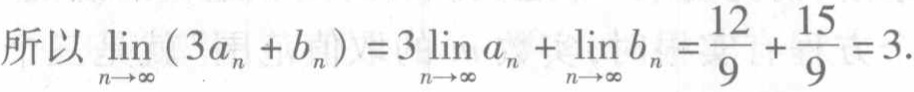
所以 \(\lim_{n \to \infty} (3a_{n} + b_{n}) = 3\lim_{n \to \infty} a_{n} + \lim_{n \to \infty} b_{n} = \frac{12}{9} + \frac{15}{9} = 3\).